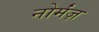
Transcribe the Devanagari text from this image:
नोर्मंज़